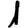
Digit: 1